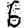
Digit: 6